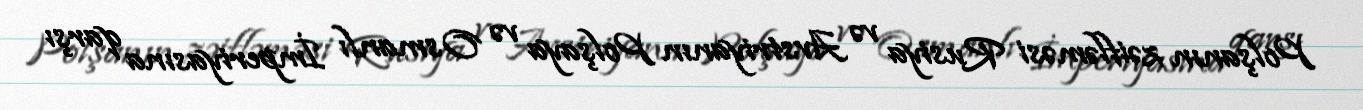
Polşanın zəifləməsi Rusiya və Avstriyanın Polşaya və Osmanlı İmperiyasına qarşı